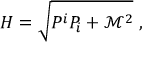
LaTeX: H = \sqrt { P ^ { i } P _ { i } + \mathcal { M } ^ { 2 } } \ ,